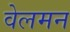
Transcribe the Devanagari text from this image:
वेलमन